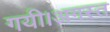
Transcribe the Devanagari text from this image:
गयी।अगस्त